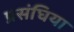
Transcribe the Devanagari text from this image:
प्रसंघिया